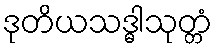
ဒုတိယသဒ္ဓါသုတ္တံ